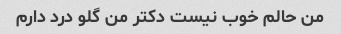
من حالم خوب نیست دکتر من گلو درد دارم